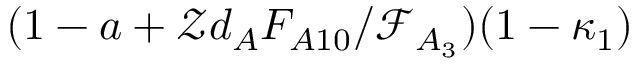
( 1 - a + \mathcal { Z } d _ { A } F _ { A 1 0 } / \mathcal { F } _ { A _ { 3 } } ) ( 1 - \kappa _ { 1 } )